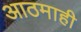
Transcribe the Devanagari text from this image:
आठमाही